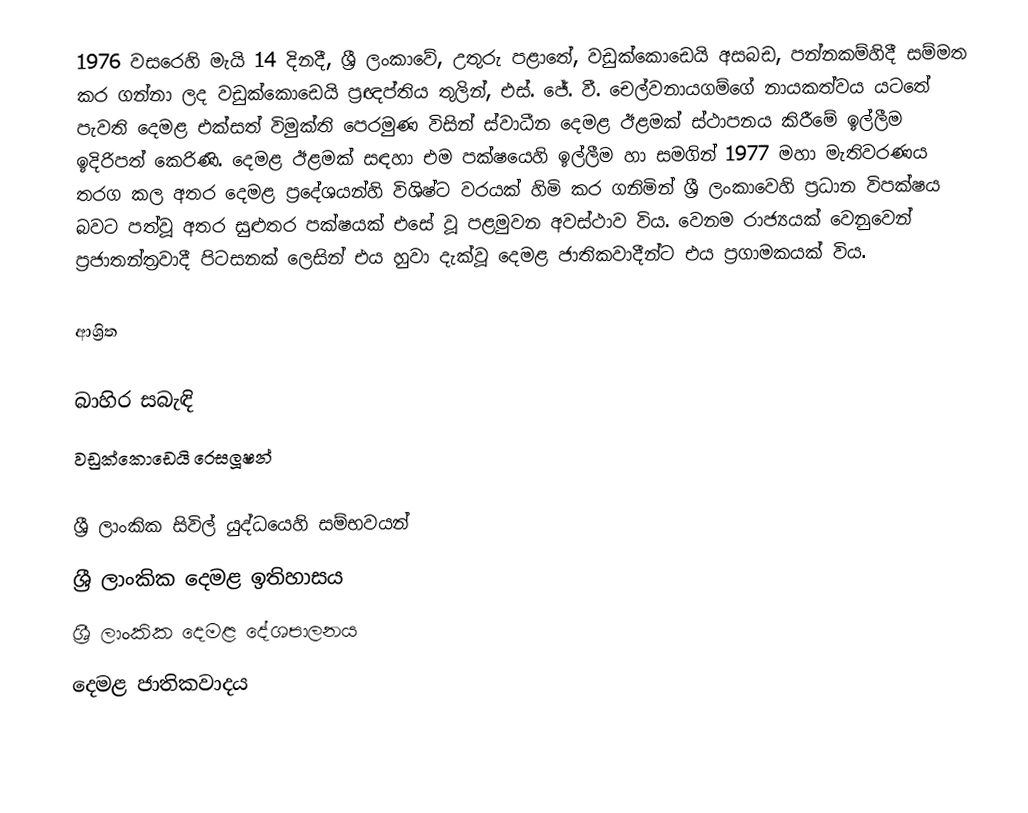
1976 වසරෙහි මැයි 14 දිනදී, ශ්‍රී ලංකාවේ,  උතුරු පළාතේ, වඩුක්කොඩෙයි අසබඩ, පන්නකම්හිදී සම්මත කර ගන්නා ලද වඩුක්කොඩෙයි ප්‍රඥප්තිය තුලින්,   එස්. ජේ. වී. චෙල්වනායගම්ගේ නායකත්වය යටතේ පැවති  දෙමළ එක්සත් විමුක්ති පෙරමුණ   විසින් ස්වාධීන දෙමළ ඊළමක් ස්ථාපනය කිරීමේ ඉල්ලීම ඉදිරිපත් කෙරිණි. දෙමළ ඊළමක් සඳහා එම පක්ෂයෙහි  ඉල්ලීම හා සමගින් 1977 මහා මැතිවරණය තරග කල අතර දෙමළ ප්‍රදේශයන්හි විශිෂ්ට වරයක් හිමි කර ගනිමින් ශ්‍රී ලංකාවෙහි ප්‍රධාන විපක්ෂය බවට පත්වූ අතර සුළුතර පක්ෂයක් එසේ වූ පළමුවන අවස්ථාව විය. වෙනම රාජ්‍යයක් වෙනුවෙන් ප්‍රජාතන්ත්‍රවාදී පිටසනක් ලෙසින් එය හුවා දැක්වූ දෙමළ ජාතිකවාදීන්ට එය  ප්‍රගාමකයක් විය.

ආශ්‍රිත

බාහිර සබැඳි
වඩුක්කොඩෙයි රෙසලූෂන්

ශ්‍රී ලාංකික සිවිල් යුද්ධයෙහි සම්භවයන්
ශ්‍රී ලාංකික දෙමළ ඉතිහාසය
ශ්‍රී ලාංකික දෙමළ දේශපාලනය
දෙමළ ජාතිකවාදය